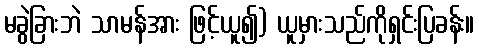
မခွဲခြားဘဲ သာမန်အား ဖြင့်ယူ၍) ယူမှားသည်ကိုရှင်းပြခန်း။